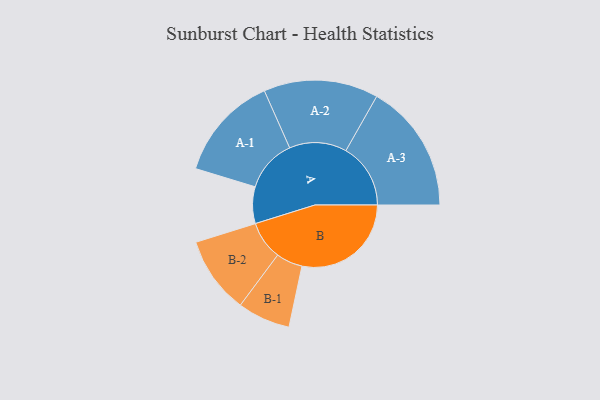
{"axis": {"x": "Segment", "y": "Value"}, "legend": ["", "A", "B"], "data": [{"x": "A", "y": 164, "type": ""}, {"x": "B", "y": 488, "type": ""}, {"x": "A-1", "y": 235, "type": "A"}, {"x": "A-2", "y": 256, "type": "A"}, {"x": "A-3", "y": 289, "type": "A"}, {"x": "B-1", "y": 118, "type": "B"}, {"x": "B-2", "y": 172, "type": "B"}]}